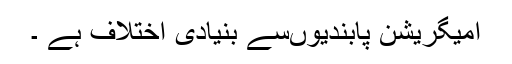
امیگریشن پابندیوںسے بنیادی اختلاف ہے ۔